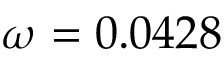
\omega = 0 . 0 4 2 8